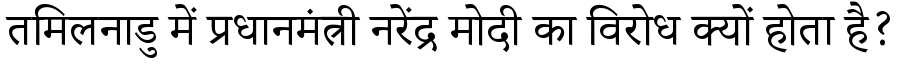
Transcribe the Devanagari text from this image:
तमिलनाडु में प्रधानमंत्री नरेंद्र मोदी का विरोध क्यों होता है?